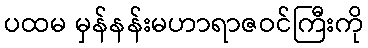
ပထမ မှန်နန်းမဟာရာဇဝင်ကြီးကို